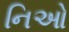
નિઓ